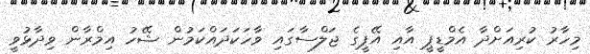
މިހާރު ކުރިއަށްދާ އެމްޑީޕީ އާއި އޭޕީގެ ޖަލްސާގައި ވާހަކަދައްކަމުން ޝޭހު އިމްރާން ވިދާޅުވީ